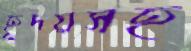
হূদয়সহ